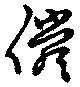
儼